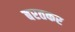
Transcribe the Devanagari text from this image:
बरतकर